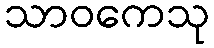
သာဝကေသု